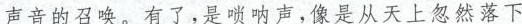
声音的召唤。有了，是噗响声，像是从天上忽热落下